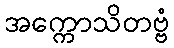
အက္ကောသိတဗ္ဗံ